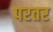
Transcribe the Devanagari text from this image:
परतर